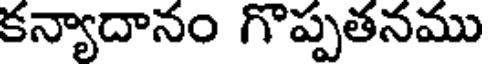
కన్యాదానం గొప్పతనము